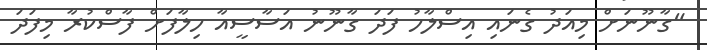
"ގާނޫނަށް މިއަދު ގެނައި އިސްލާހު ފަދަ ގާނޫނު އަސާސީއާ ހިލާފަށް ފާސްކުރާ މިފަދަ